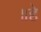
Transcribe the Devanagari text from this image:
॥हे